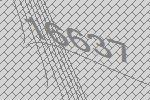
16637